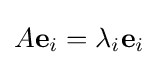
A\mathbf {e} _{i}=\lambda _{i}\mathbf {e} _{i}